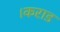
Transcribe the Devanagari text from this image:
।कराड